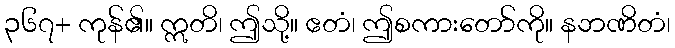
၃၆၇+ ကုန်၏။ ဣတိ၊ ဤသို့။ ဧတံ၊ ဤစကားတော်ကို။ နဘဏိတံ၊